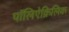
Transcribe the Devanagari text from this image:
पॉलिऐक्रिलिक